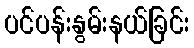
ပင်ပန်းနွမ်းနယ်ခြင်း